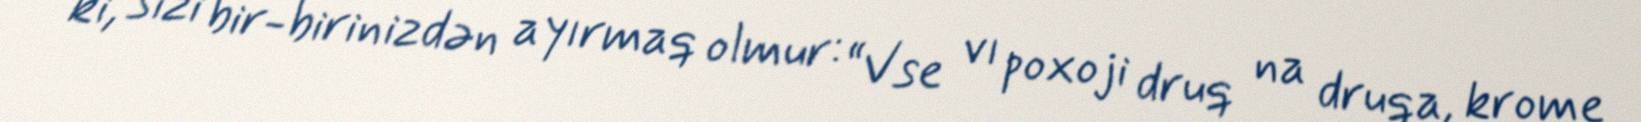
ki, sizi bir-birinizdən ayırmaq olmur: “Vse vı poxoji druq na druqa, krome